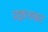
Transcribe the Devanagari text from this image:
प्रज्ञानाकर